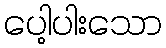
ပေါ့ပါးသော